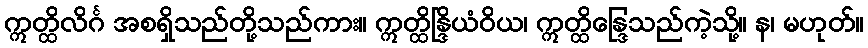
ဣတ္ထိလိင်္ဂ အစရှိသည်တို့သည်ကား။ ဣတ္ထိန္ဒြိယံဝိယ၊ ဣတ္ထိန္ဒြေသည်ကဲ့သို့။ န၊ မဟုတ်။